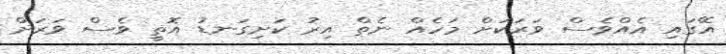
އޭގައި އެއްވެސް ވަރަކަށް މަހެއް ނެތް އިރު ކަށިގަނޑު އޮތީ ވެސް ވަރަށް